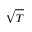
\sqrt { T }